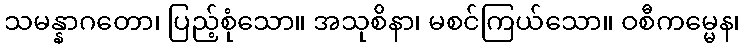
သမန္နာဂတော၊ ပြည့်စုံသော။ အသုစိနာ၊ မစင်ကြယ်သော။ ဝစီကမ္မေန၊